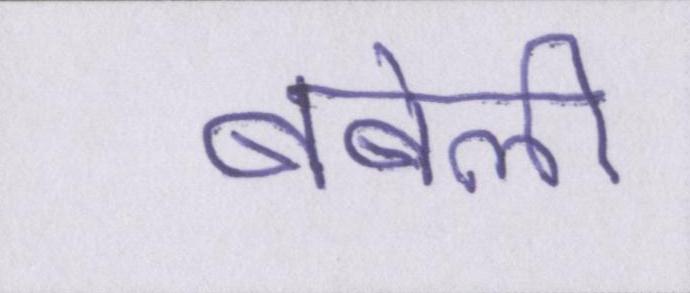
बबेली